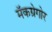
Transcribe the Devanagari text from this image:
मॅकग्रेगोर